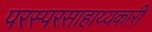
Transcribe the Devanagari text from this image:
परस्परसाहाय्यकारी